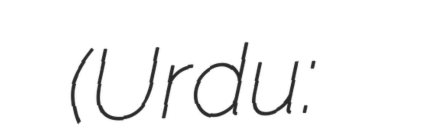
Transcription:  (Urdu: سید حامد